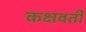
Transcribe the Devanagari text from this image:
कक्षवर्ती